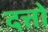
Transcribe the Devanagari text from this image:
दत्तों